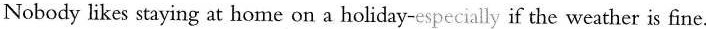
Nobody likes staying at home on a holiday-especially if the weather is fine.